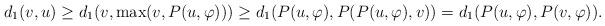
LaTeX: \begin{align*}d_1(v,u) \geq d_1(v, \max(v,P(u,\varphi))) \geq d_1(P(u,\varphi),P(P(u,\varphi),v)) = d_1(P(u,\varphi),P(v,\varphi)). \end{align*}